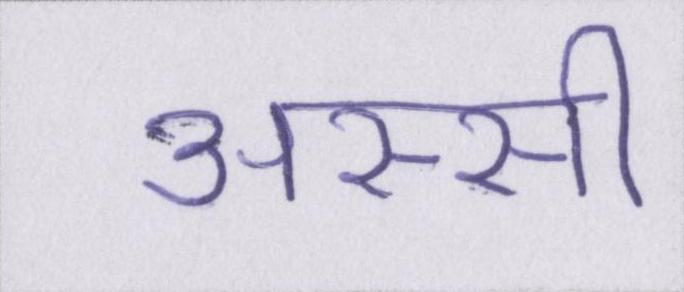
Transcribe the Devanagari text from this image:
अस्सी